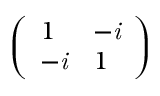
\left( \begin{array} { l l } { 1 } & { - \it { i } } \\ { - \it { i } } & { 1 } \end{array} \right)